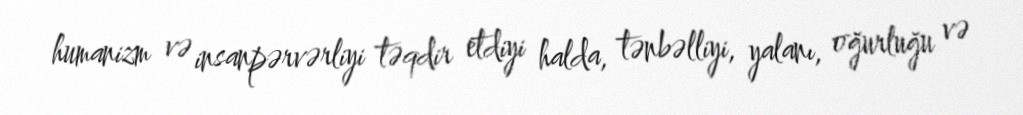
humanizm və insanpərvərliyi təqdir etdiyi halda, tənbəlliyi, yalanı, oğurluğu və